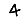
Digit: 4